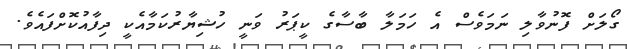
ގޯލަށް ފޮނުވާލި ނަމަވެސް އެ ހަމަލާ ބާސާގެ ކީޕަރު ވަނީ ހުޝިޔާރުކަމާއެކީ ދިފާއުކޮށްފައެވެ.